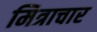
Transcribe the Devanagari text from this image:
मित्राचार